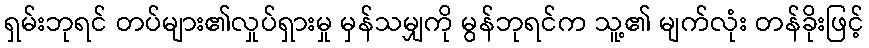
ရှမ်းဘုရင် တပ်များ၏လှုပ်ရှားမှု မှန်သမျှကို မွန်ဘုရင်က သူ့၏ မျက်လုံး တန်ခိုးဖြင့်